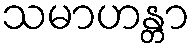
သမာဟန္တာ